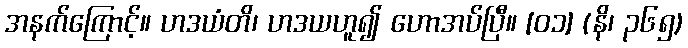
အနက်ကြောင့်။ ဟဒယံတိ၊ ဟဒယဟူ၍ ဟောအပ်ပြီ။ [၀၁] (နိ၊ ၃၆၅)